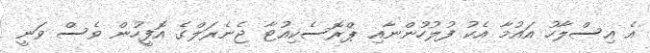
އެ އިސްލާހު އައުމާ އެކު ފުލުހުންނާއި ޕްރޮސެކިއުޓާ ޖެނެރަލްގެ އޮފީހުން ވެސް ވަނީ